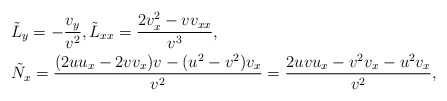
\begin{align*}&\tilde{L}_y=-\frac{v_y}{v^2}, \tilde{L}_{xx}=\frac{2v_x^2-vv_{xx}}{v^3},\\&\tilde{N}_x=\frac{(2uu_x-2vv_x)v-(u^2-v^2)v_x}{v^2}=\frac{2uvu_x-v^2v_x-u^2v_x}{v^2},\end{align*}